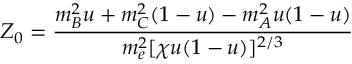
Z _ { 0 } = \frac { m _ { B } ^ { 2 } u + m _ { C } ^ { 2 } ( 1 - u ) - m _ { A } ^ { 2 } u ( 1 - u ) } { m _ { e } ^ { 2 } [ \chi u ( 1 - u ) ] ^ { 2 / 3 } }